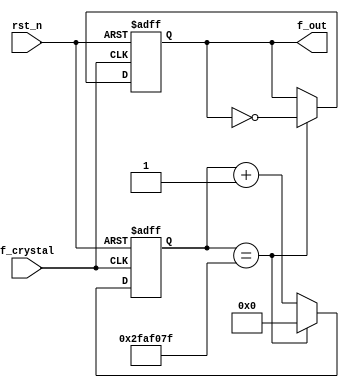
`timescale 1ns / 1ps
//////////////////////////////////////////////////////////////////////////////////
// Company: 
// Engineer: 
// 
// Design Name: 
// Module Name: freqdiiv_1hz
// Project Name: 
// Target Devices: 
// Tool Versions: 
// Description: 
// 
// Dependencies: 
// 
// Revision:
// Revision 0.01 - File Created
// Additional Comments:
// 
//////////////////////////////////////////////////////////////////////////////////
module freqdiiv_1hz(
    input f_crystal,   
    input rst_n,
    output reg f_out  // 1 hz output
 );
 //maximum value
 parameter MAX = 50000000; //cycles 
 //parameter MAX = 50000000/2;
 
reg [25:0] counter; //since we will need 25 bits to generate a output that is half positive and half negative -> just divide steps/2



always@(posedge f_crystal or negedge rst_n)
    if(~rst_n)
        begin
            f_out <=0;
            counter <=0;
        end
    else
        begin
             counter <= counter +1'b1;
            if(counter == (MAX-1))
            begin
                f_out<=!f_out;
                counter <=0;
            end
        end


endmodule







/* ***1st version  ***
module freqdiiv_1hz(
    input f_crystal,   
    input rst_n,
    output reg f_out  // 1 hz output
 );
 //maximum value
 parameter MAX = 50000000; //cycles 
 
 
 reg [25:0] counter; //since we will need 25 bits to generate a output that is half positive and half negative -> just divide steps/2
 reg [26:0] counter_aux; //input of DFF;
 
 
 
 always@*
    counter_aux = {f_out,counter} +1'b1; //increment
 
 always@ (posedge f_crystal or negedge rst_n)
    if(~rst_n)
        begin
            {f_out,counter} <=25'd0;
        end
    else
        begin
            if(counter==(26'd50000000-26'd1)) //when reach max value -> change value
                begin
                    counter <= 0;
                    f_out <= ~f_out; //change it
                end
            else
                begin
                  //  counter_aux <= {f_out,counter} +1'b1; //increment
                    {f_out,counter} <= counter_aux;
                end
        end
 
 
endmodule
*/